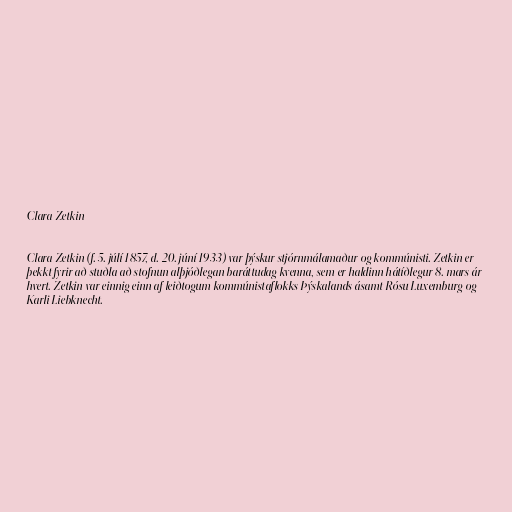
Clara Zetkin

Clara Zetkin (f. 5. júlí 1857, d. 20. júní 1933) var þýskur stjórnmálamaður og kommúnisti. Zetkin er
þekkt fyrir að stuðla að stofnun alþjóðlegan baráttudag kvenna, sem er haldinn hátíðlegur 8. mars ár
hvert. Zetkin var einnig einn af leiðtogum kommúnistaflokks Þýskalands ásamt Rósu Luxemburg og
Karli Liebknecht.